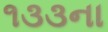
૧૩૩ના